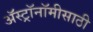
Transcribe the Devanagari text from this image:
अॅस्ट्रॉनॉमीसाठी